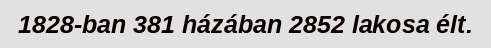
1828-ban 381 házában 2852 lakosa élt.